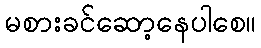
မစားခင်ဆော့နေပါစေ။